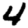
Digit: 4